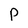
Character: p